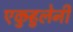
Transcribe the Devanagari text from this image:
एकुर्‍हुलेनी